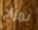
بمزاج